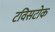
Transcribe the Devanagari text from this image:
टविसटोक